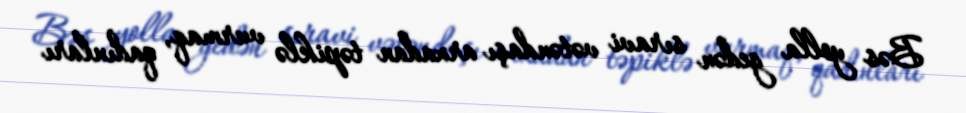
Bəs yolla gedən sıravi vətəndaşı arxadan təpiklə vurmaq, qadınları